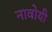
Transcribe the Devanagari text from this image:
नावोयी